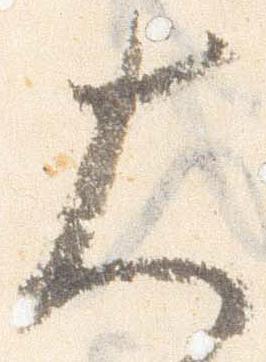
大